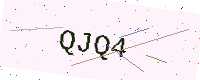
Text: QJQ4